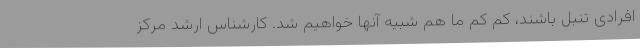
افرادی تنبل باشند، کم کم ما هم شبیه آنها خواهیم شد. کارشناس ارشد مرکز